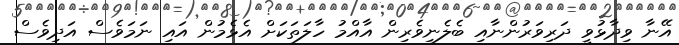
އޭނާ ވިދާޅުވީ ދަރިވަރުންނާއި ބެލެނިވެރިން އާއްމު ހާލަތަކަށް އެޅެމުން އައި ނަމަވެސް އަދިވެސް